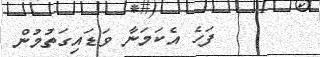
ފަހެ އެކަމަނާ ވަޑައިގަތުމުން